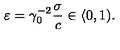
\varepsilon = \gamma _ { 0 } ^ { - 2 } \frac { \sigma } { c } \in \langle 0 , 1 ) .